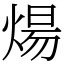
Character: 煬